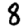
Digit: 8